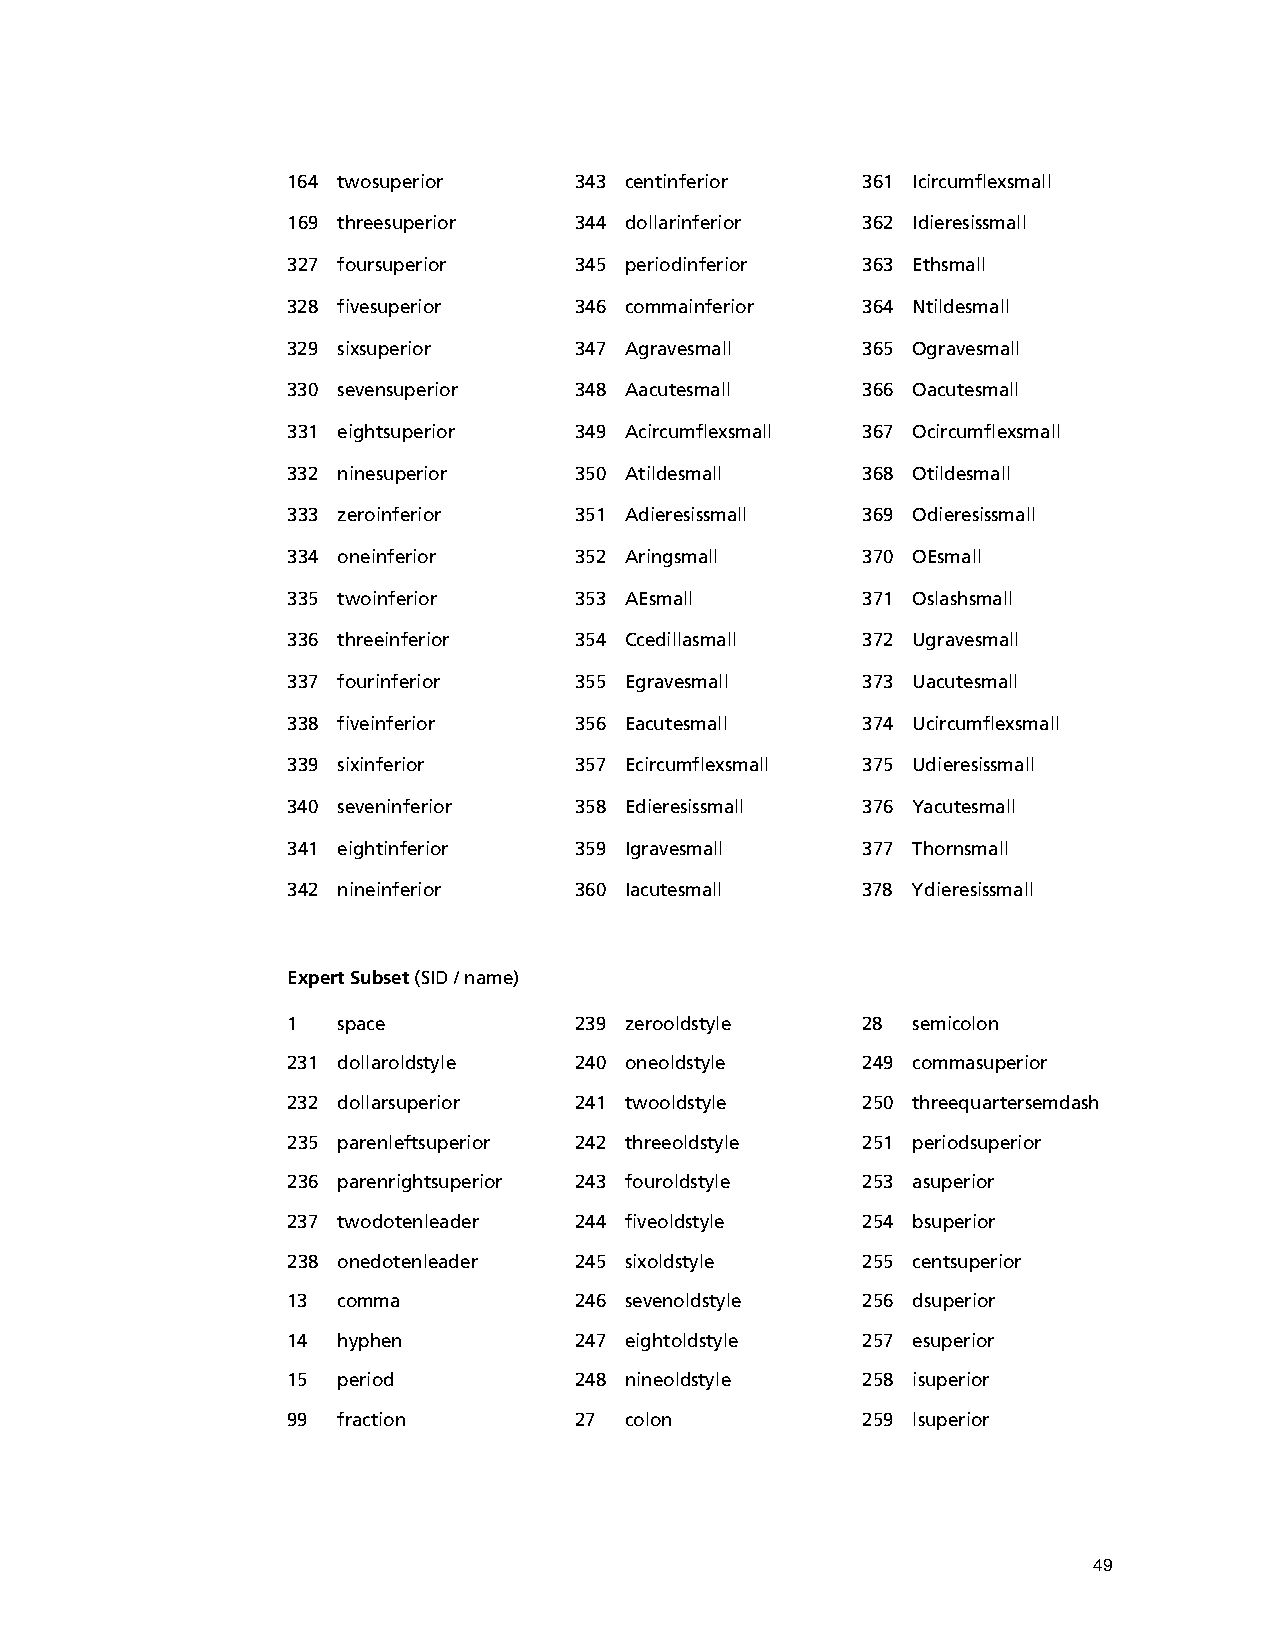
164 twosuperior    343 centinferior   361 Icircumflexsmall
 169 threesuperior  344 dollarinferior 362 Idieresissmall
 327 foursuperior   345 periodinferior 363 Ethsmall
 328 fivesuperior   346 commainferior  364 Ntildesmall
 329 sixsuperior    347 Agravesmall    365 Ogravesmall
 330 sevensuperior  348 Aacutesmall    366 Oacutesmall
 331 eightsuperior  349 Acircumflexsmall 367 Ocircumflexsmall
 332 ninesuperior   350 Atildesmall    368 Otildesmall
 333 zeroinferior   351 Adieresissmall 369 Odieresissmall
 334 oneinferior    352 Aringsmall     370 OEsmall
 335 twoinferior    353 AEsmall        371 Oslashsmall
 336 threeinferior  354 Ccedillasmall  372 Ugravesmall
 337 fourinferior   355 Egravesmall    373 Uacutesmall
 338 fiveinferior   356 Eacutesmall    374 Ucircumflexsmall
 339 sixinferior    357 Ecircumflexsmall 375 Udieresissmall
 340 seveninferior  358 Edieresissmall 376 Yacutesmall
 341 eightinferior  359 Igravesmall    377 Thornsmall
 342 nineinferior   360 Iacutesmall    378 Ydieresissmall
 Expert Subset (SID / name)
 1  space           239 zerooldstyle   28 semicolon
 231 dollaroldstyle 240 oneoldstyle    249 commasuperior
 232 dollarsuperior 241 twooldstyle    250 threequartersemdash
 235 parenleftsuperior 242 threeoldstyle 251 periodsuperior
 236 parenrightsuperior 243 fouroldstyle 253 asuperior
 237 twodotenleader 244 fiveoldstyle   254 bsuperior
 238 onedotenleader 245 sixoldstyle    255 centsuperior
 13 comma           246 sevenoldstyle  256 dsuperior
 14 hyphen          247 eightoldstyle  257 esuperior
 15 period          248 nineoldstyle   258 isuperior
 99 fraction        27 colon           259 lsuperior
 49